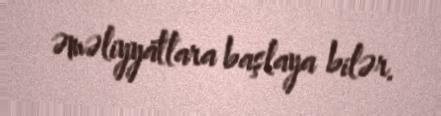
əməliyyatlara başlaya bilər.